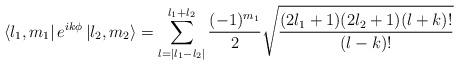
LaTeX: \begin{align*}\left\langle l_1, m_1 \right| e^{i k \phi} \left| l_2 , m_2\right\rangle=\sum\limits_{l=|l_1-l_2|}^{l_1+l_2}\frac{(-1)^{m_1}}{2} \sqrt{\frac{(2 l_1+1)(2 l_2+1)(l+k)!}{(l-k)!}}\end{align*}